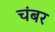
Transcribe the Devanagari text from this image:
चंबर